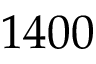
1 4 0 0